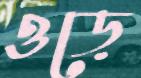
ওড়ে